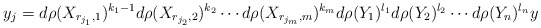
\begin{align*}y_j=d\rho(X_{r_{j_1},1})^{k_1-1} d\rho(X_{r_{j_2},2})^{k_2}\cdots d\rho(X_{r_{j_m},m})^{k_m} d\rho(Y_{1})^{l_1} d\rho(Y_2)^{l_2}\cdots d\rho(Y_n)^{l_n}y\end{align*}